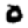
Digit: 0